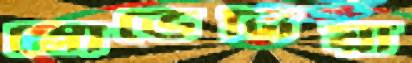
স্লোভেনিয়া